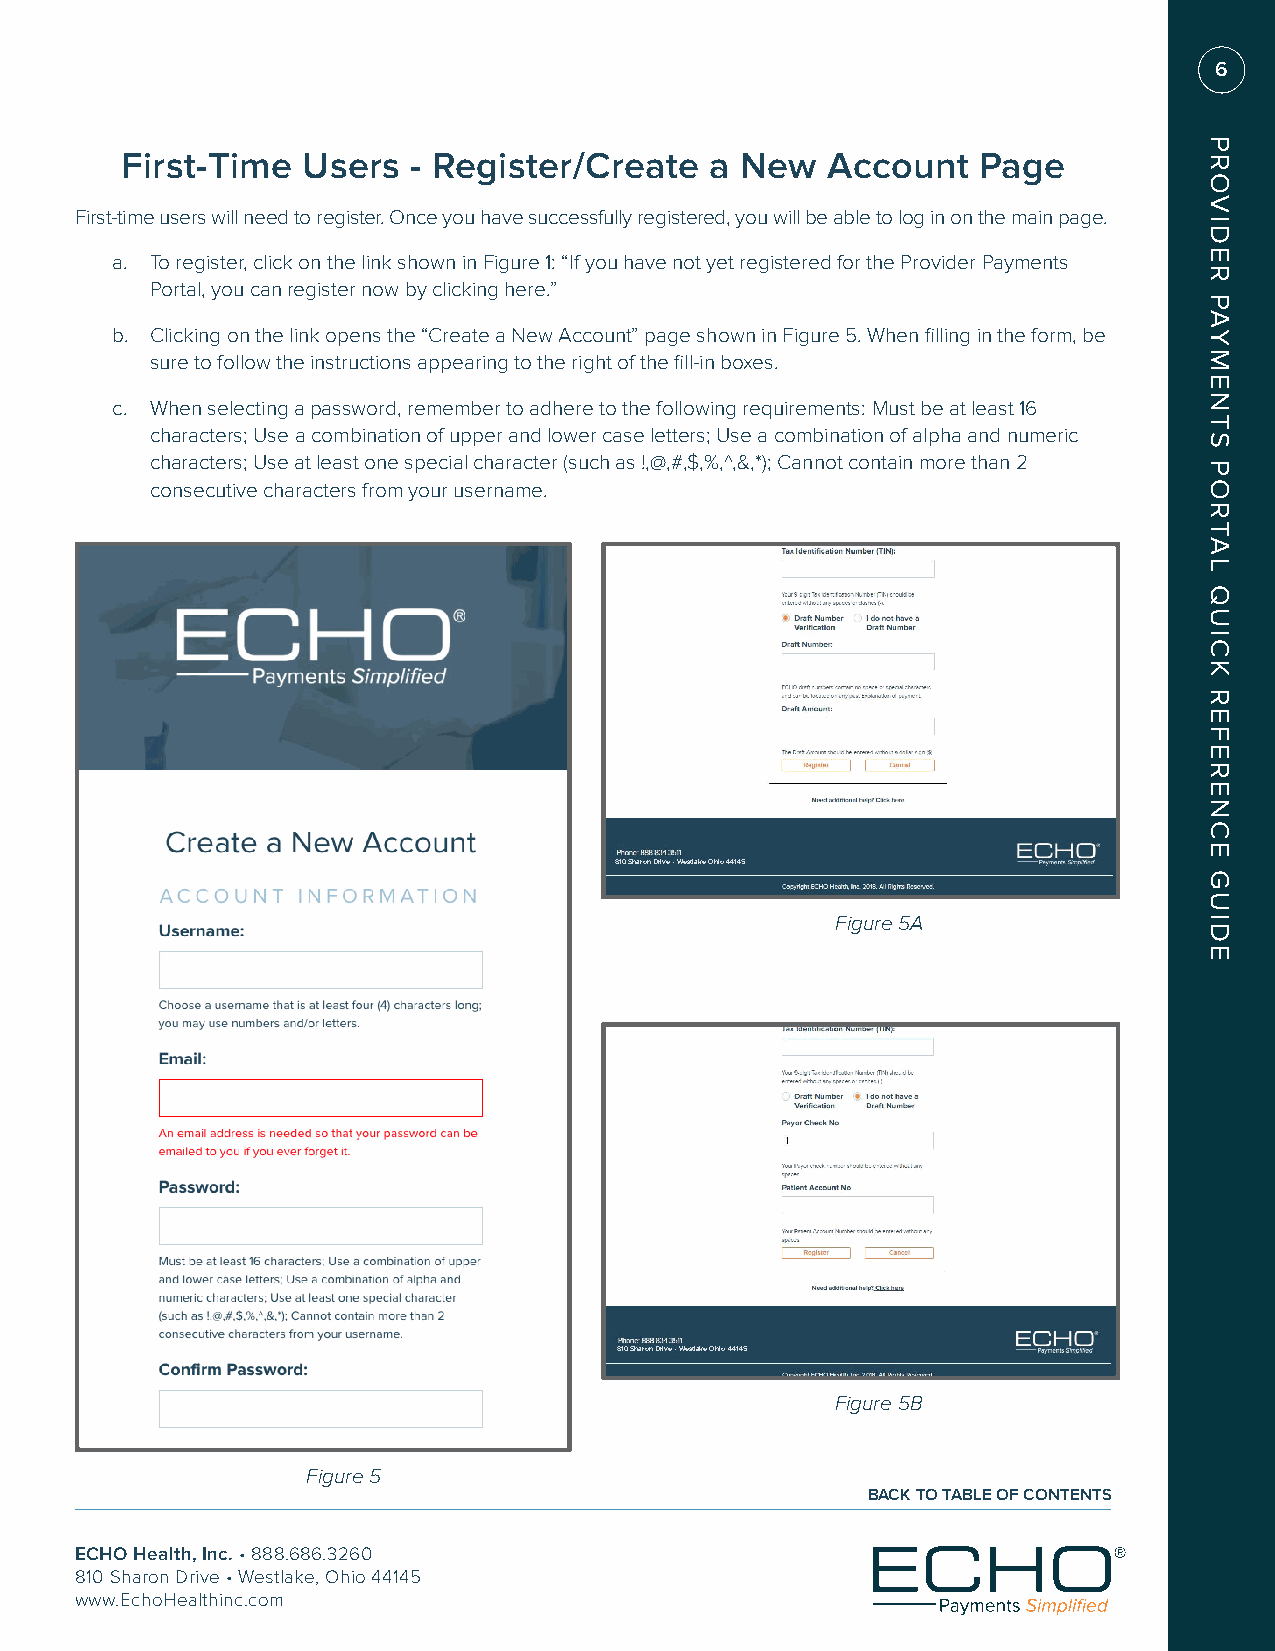
6
 First-Time  Users  - Register/Create   a New   Account   Page
 First-time users will need to register. Once you have successfully registered, you will be able to log in on the main page.
 a. To register, click on the link shown in Figure 1: “If you have not yet registered for the Provider Payments
 Portal, you can register now by clicking here.”
 b. Clicking on the link opens the “Create a New Account” page shown in Figure 5. When filling in the form, be
 sure to follow the instructions appearing to the right of the fill-in boxes.
 c. When selecting a password, remember to adhere to the following requirements: Must be at least 16
 characters; Use a combination of upper and lower case letters; Use a combination of alpha and numeric
 characters; Use at least one special character (such as !,@,#,$,%,^,&,*); Cannot contain more than 2
 consecutive characters from your username.
 810 Sharon Drive • Westlake Ohio 44145
 Figure 5A
 810 Sharon Drive • Westlake Ohio 44145
 Figure 5B
 Figure 5
 BACK TO TABLE OF CONTENTS
 ECHO Health, Inc. • 888.686.3260
 810 Sharon Drive • Westlake, Ohio 44145
 www.EchoHealthinc.com
 PROVIDER
 PAYMENTS
 PORTAL
 QUICK
 REFERENCE
 GUIDE